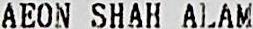
AEON SHAH ALAM